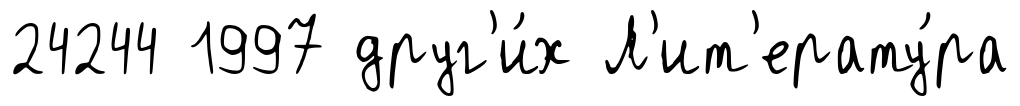
24244 1997 друг'и́х Л'ит'ерату́ра